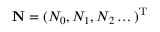
\mathbf { N } = ( N _ { 0 } , N _ { 1 } , N _ { 2 } \dots ) ^ { \mathrm { T } }